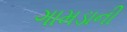
ગામડાની